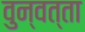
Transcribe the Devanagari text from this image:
वुन्वत्ता